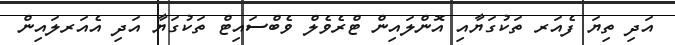
އަދި ތިޔަ ފެއަރ ތަކުގަޔާއި އޮންލައިން ޓްރެވެލް ވެބްސައިޓް ތަކުގަޔާ އަދި އެއަރލައިން